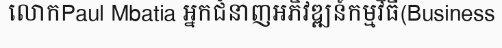
លោកPaul Mbatia អ្នកជំនាញអភិវឌ្ឍន៍កម្មវិធី(Business